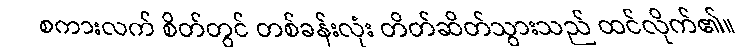
စကားလက် စိတ်တွင် တစ်ခန်းလုံး တိတ်ဆိတ်သွားသည် ထင်လိုက်၏။